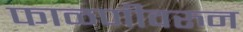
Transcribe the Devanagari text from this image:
फाळणीवरुन